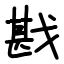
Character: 戡